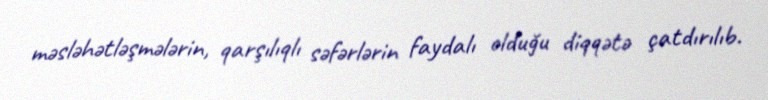
məsləhətləşmələrin, qarşılıqlı səfərlərin faydalı olduğu diqqətə çatdırılıb.